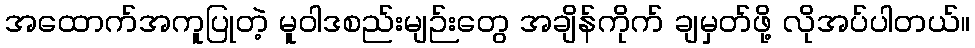
အထောက်အကူပြုတဲ့ မူဝါဒစည်းမျဉ်းတွေ အချိန်ကိုက် ချမှတ်ဖို့ လိုအပ်ပါတယ်။